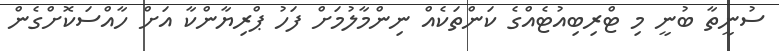
ސުނީތާ ބުނީ މި ޓްރިބިއުޓެއްގެ ކަންތަކެއް ނިންމާލުމަށް ފަހު ޕްރިޔާންކާ އަށް ހާއްސަކޮށްގެން